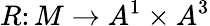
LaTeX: R\colon M\to A^{1}\times A^{3}